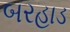
બરહાડ